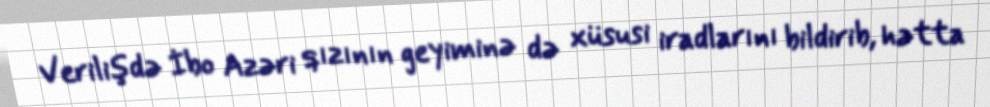
Verilişdə İbo Azəri qızının geyiminə də xüsusi iradlarını bildirib, hətta